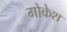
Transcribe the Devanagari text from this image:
गोकेश